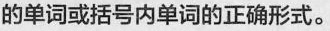
的单词或括号内单词的正确形式.